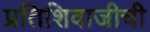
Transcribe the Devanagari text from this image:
प्रतिशिवाजीची